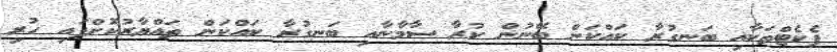
ޕެކެޓްތަކާއި ބަނގުރާ ކައްކަން ބޭނުން ކުރާ ސާމާނާއި ބަނގުރާ ކައްކަން ތައްޔާރުކޮށްފައި ހުރި